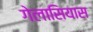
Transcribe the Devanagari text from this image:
गेलासियास